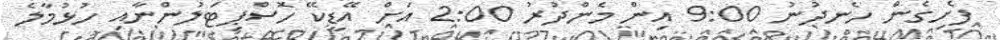
ފެށިގެން ހެނދުނު 9:00 އިން މެންދުރު 2:00 އަށް އޭޑީކޭ ހޮސްޕިޓަލުންނާއި ހުޅުމާލެ